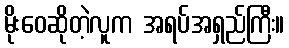
မိုးဝေဆိုတဲ့လူက အရပ်အရှည်ကြီး။